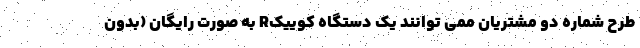
طرح شماره دو مشتریان ممی توانند یک دستگاه کوییکR به صورت رایگان (بدون